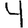
Digit: 4